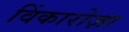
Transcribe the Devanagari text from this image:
विंकारोज़ा